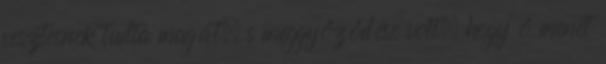
vesztesnek tudta magát, s meggyőződése volt, hogy ő menet